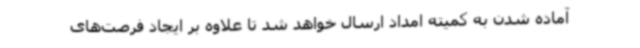
آماده شدن به کمیته امداد ارسال خواهد شد تا علاوه بر ایجاد فرصت‌های